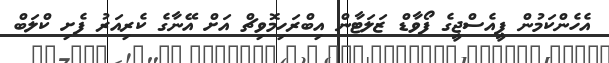
އެހެންކަމުން ޕީއެސްޖީގެ ފޯވާޑް ޒަލަޓާން އިބްރަހިމޮވިޗް އަށް އޭނާގެ ކެރިއަރު ފެށި ކްލަބް